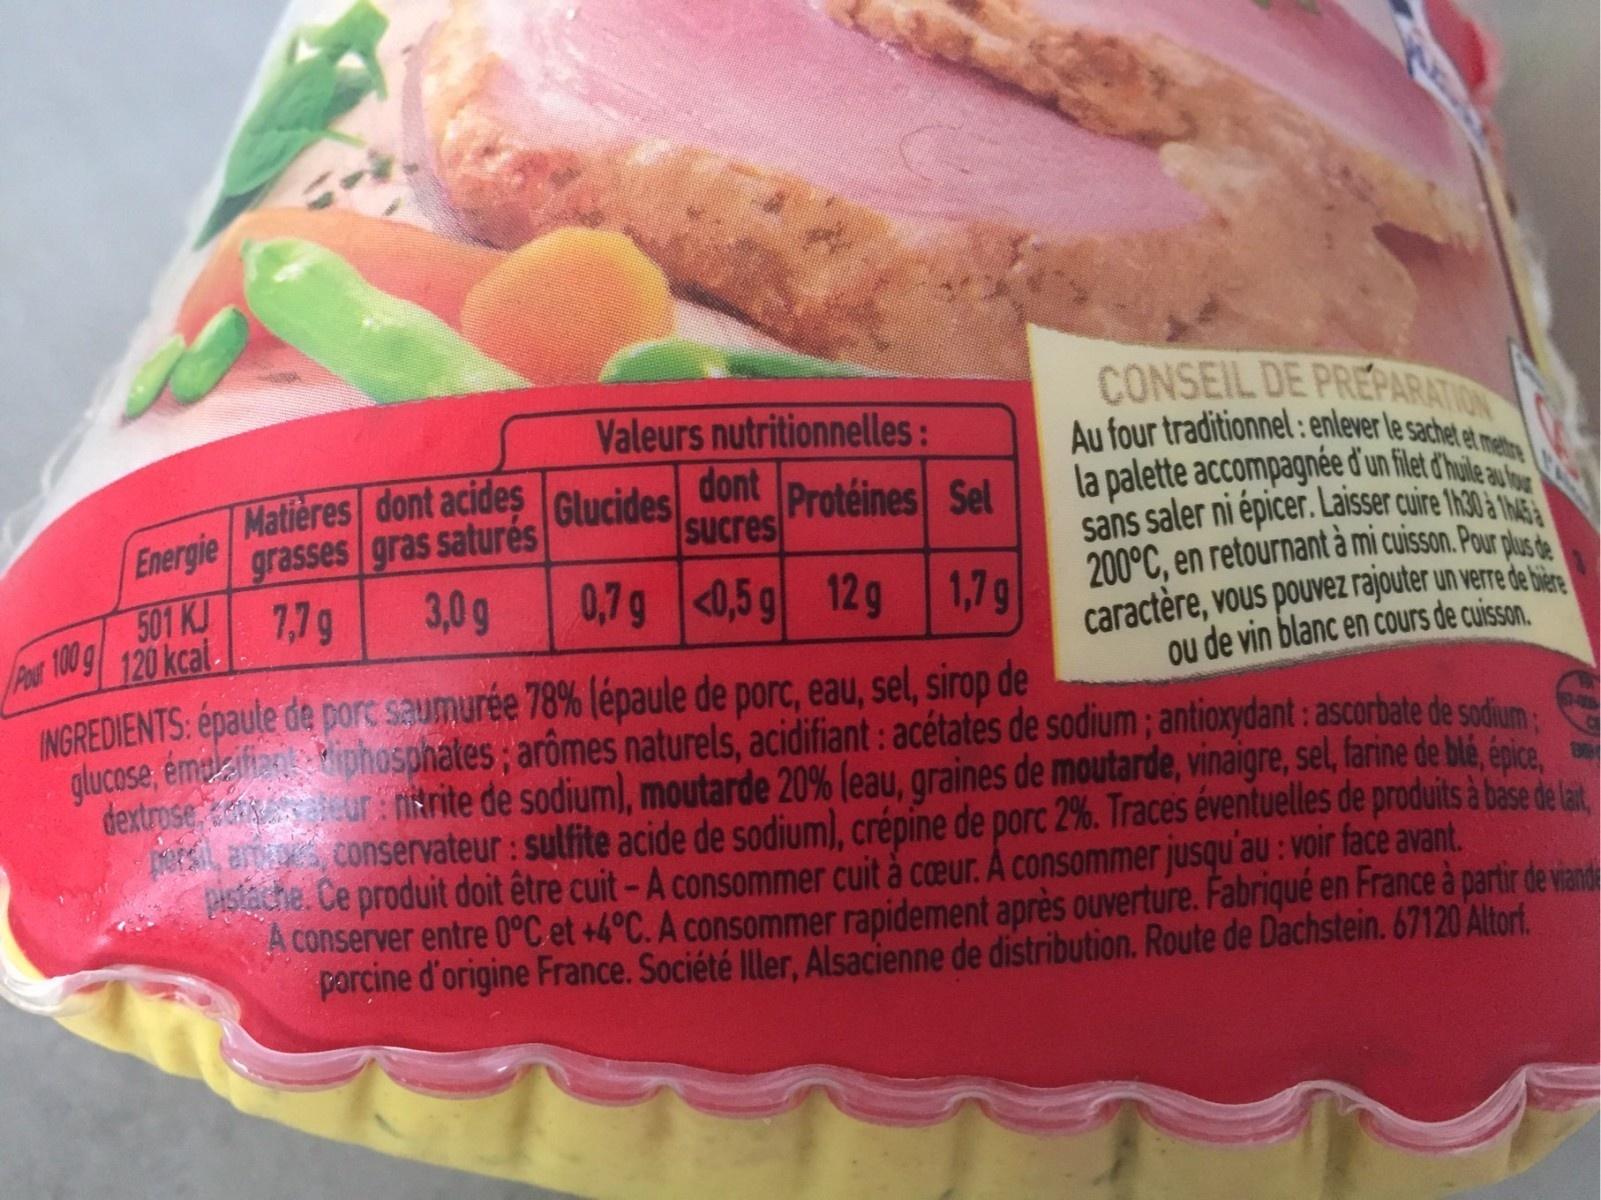
CONSEIL DE PREPARATION Au four traditionnel : enlever le sachet et metre la palette accompagnée d'un filet d'hule au sans saler ni épicer. Laisser cuire h30 & Thaia 200°C, en retournant à mi cuisson. Pour plus dte caractère, vous poUvez rajouter un verre de bien ou de vin blanc en Cours de cuisson. Valeurs nutritionnelles: Matières dont acides Glucides 0ont Protéines Sel Energie grasses gras saturés Sucres 501 KJ 7,7g 3,0g 0,7g <0,5 g 12g 1,7g Pot 100 9 120 kcal- INGREDIENTS: épaule de porc saumurée 78% lépaule de porc, eau, sel, sirop de alucose, émeaifien Piphosphates; arômes naturels, acidifiant: acétates de sodium; antioxydant: ascorbate de sodium dextrose s leur nitrite de sodium), moutarde 20% (eau, graines de moutarde, vinaigre, sel, farine de blé, énica Nan, conservateur: sulfite acide de sodium), crépine de porc 2%. Traces éventuelles de produits à base de lait PAstache. Ce produit doit être cuit-A consommer cuit à ceur. A consommer jusqu'au: voir face avant. A conserver entre 0°C et +4°C. A consommer rapidement après ouverture. Fabriqué en France à partir de viande porcine d'origine France. Société Iller, Alsacienne de distribution. Route de Dachstein. 67120 Altorf.